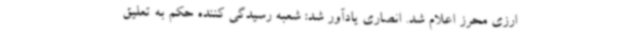
ارزی محرز اعلام شد. انصاری یادآور شد: شعبه رسیدگی کننده حکم به تعلیق